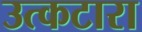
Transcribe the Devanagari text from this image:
उत्कटारा